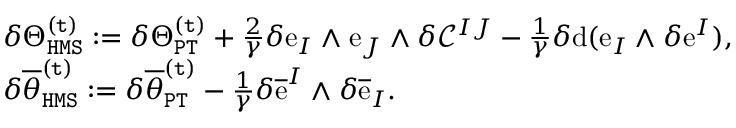
\begin{array} { r l } & { \delta \Theta _ { \mathtt { H M S } } ^ { \mathtt { ( t ) } } : = \delta \Theta _ { \mathtt { P T } } ^ { \mathtt { ( t ) } } + \frac { 2 } { \gamma } \delta \mathrm { e } _ { I } \wedge \mathrm { e } _ { J } \wedge \delta \mathcal { C } ^ { I J } - \frac { 1 } { \gamma } \delta \mathrm { d } ( \mathrm { e } _ { I } \wedge \delta \mathrm { e } ^ { I } ) , } \\ & { \delta \overline { { \theta } } _ { \mathtt { H M S } } ^ { \mathtt { ( t ) } } : = \delta \overline { { \theta } } _ { \mathtt { P T } } ^ { \mathtt { ( t ) } } - \frac { 1 } { \gamma } \delta \overline { { \mathrm { e } } } ^ { I } \wedge \delta \overline { { \mathrm { e } } } _ { I } . } \end{array}